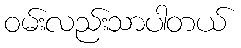
ဝမ်းလည်းသာပါတယ်